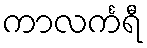
ကာလင်္ကရီ